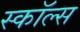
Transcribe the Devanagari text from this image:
स्कॉल्स